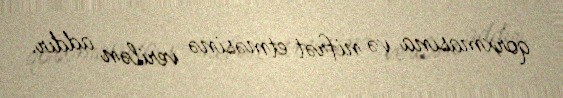
qorxmasına və nifrət etməsinə verilən addır.